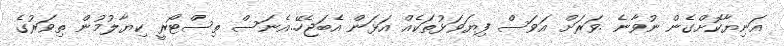
އަނިޔާކޮށްގެން ނުވާނެ .ވަރަށް އަވަސް ފިޔަވަޅުތަކެއް އަޅަން އެބަޖެހޭ..އެނަސް ތިސްޓޯރީ ކިޔާލުމުން ތިވަރުގެ